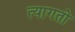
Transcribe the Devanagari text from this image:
त्यागतो